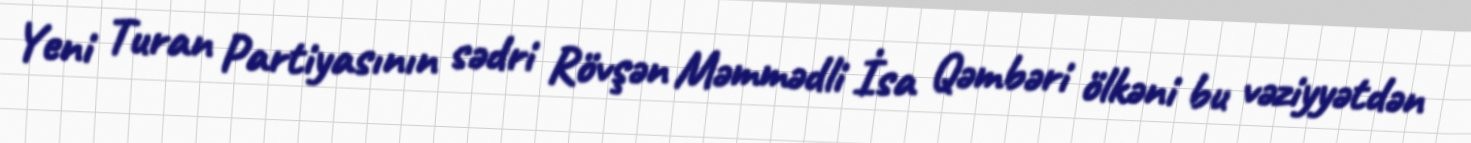
Yeni Turan Partiyasının sədri Rövşən Məmmədli İsa Qəmbəri ölkəni bu vəziyyətdən